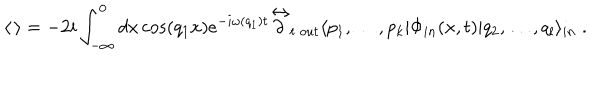
LaTeX: \langle \, \rangle = - 2 i \int _ { - \infty } ^ { 0 } d x \cos ( q _ { 1 } x ) e ^ { - i \omega ( q _ { 1 } ) t } { \mathop { \partial } ^ { \leftrightarrow } } _ { t } \, _ { o u t } \langle p _ { 1 } , \dots , p _ { k } | \Phi _ { i n } ( x , t ) | q _ { 2 } , \dots , q _ { l } \rangle _ { i n } \; .